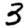
Digit: 3